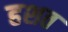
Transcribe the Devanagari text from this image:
हशत